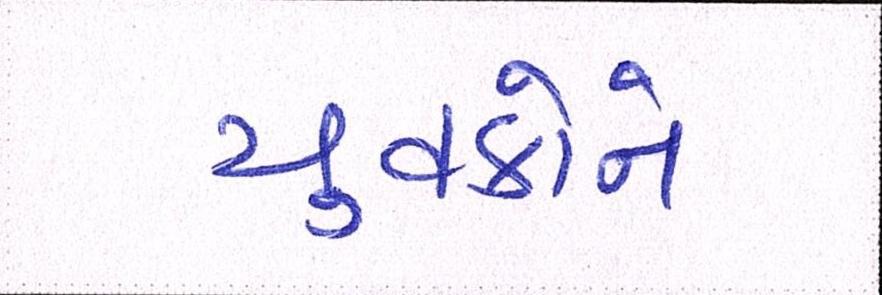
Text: યુવકોને